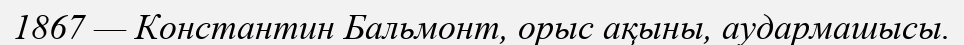
1867 — Константин Бальмонт, орыс ақыны, аудармашысы.